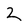
Character: 2